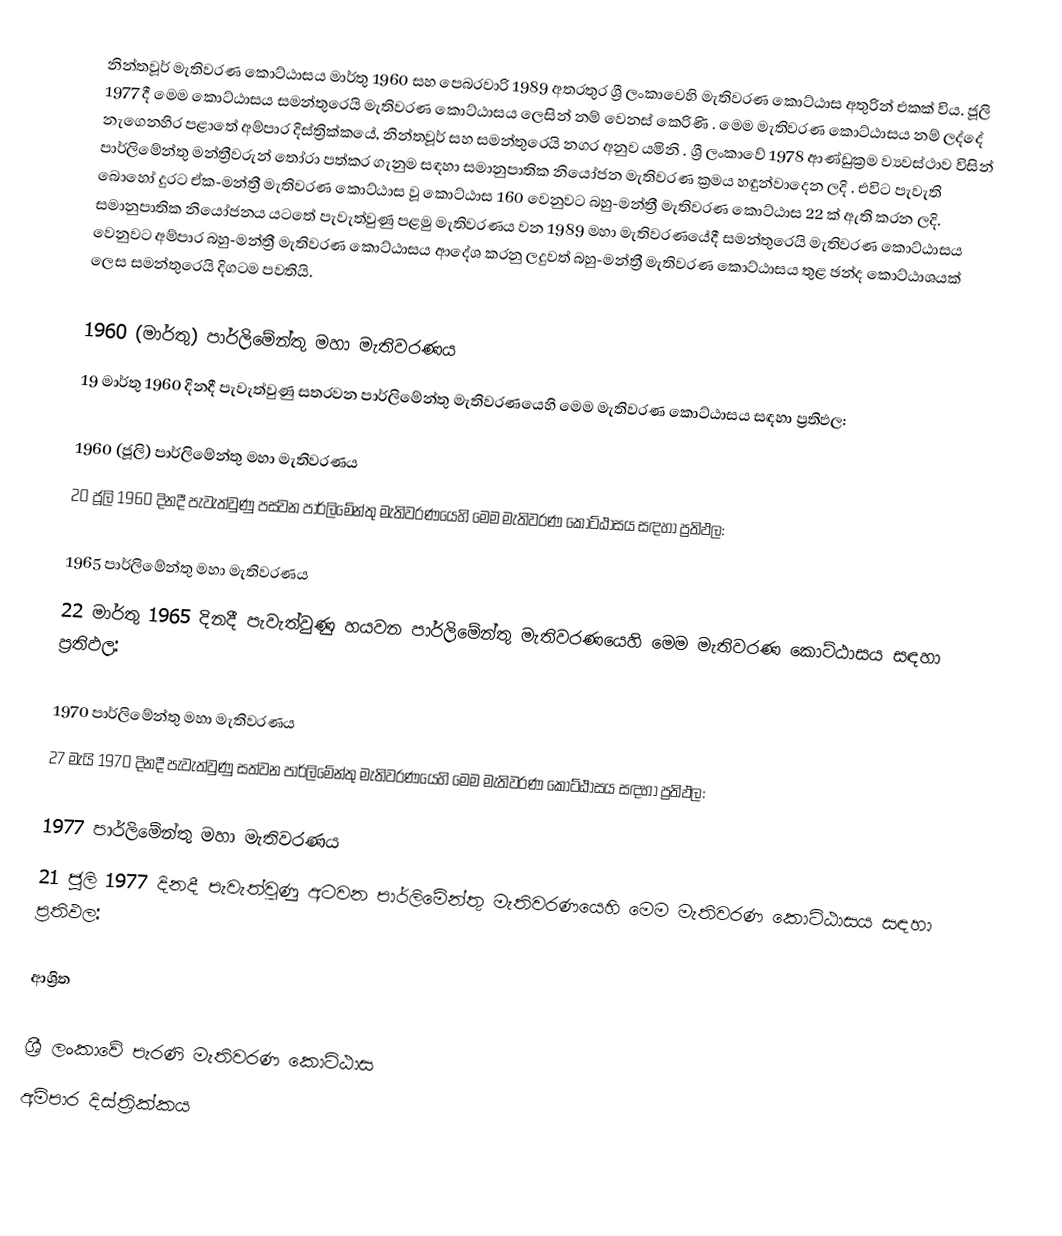
නින්තවූර් මැතිවරණ කොට්ඨාසය  මාර්තු 1960 සහ පෙබරවාරි 1989 අතරතුර  ශ්‍රී ලංකාවෙහි  මැතිවරණ කොට්ඨාස අතුරින් එකක් විය. ජූලි 1977 දී මෙම කොට්ඨාසය සමන්තුරෙයි මැතිවරණ කොට්ඨාසය ලෙසින් නම් වෙනස් කෙරිණි  . මෙම මැතිවරණ කොට්ඨාසය නම් ලද්දේ  නැගෙනහිර පළාතේ  අම්පාර දිස්ත්‍රික්කයේ,  නින්තවූර් සහ සමන්තුරෙයි නගර අනුව යමිනි . ශ්‍රී ලංකාවේ 1978 ආණ්ඩුක්‍රම ව්‍යවස්ථාව විසින්   පාර්ලිමේන්තු මන්ත්‍රීවරුන් තෝරා පත්කර ගැනුම සඳහා සමානුපාතික නියෝජන මැතිවරණ ක්‍රමය හඳුන්වාදෙන ලදි . එවිට පැවැති බොහෝ දුරට  ඒක-මන්ත්‍රී මැතිවරණ කොට්ඨාස වූ කොට්ඨාස 160 වෙනුවට බහු-මන්ත්‍රී මැතිවරණ කොට්ඨාස 22 ක් ඇති කරන ලදි. සමානුපාතික නියෝජනය යටතේ පැවැත්වුණු පළමු මැතිවරණය වන 1989 මහා මැතිවරණයේදී  සමන්තුරෙයි මැතිවරණ කොට්ඨාසය වෙනුවට  අම්පාර බහු-මන්ත්‍රී මැතිවරණ කොට්ඨාසය  ආදේශ කරනු ලදුවත් බහු-මන්ත්‍රී මැතිවරණ කොට්ඨාසය තුළ ඡන්ද කොට්ඨාශයක් ලෙස සමන්තුරෙයි දිගටම පවතියි.

1960 (මාර්තු) පාර්ලිමේන්තු මහා මැතිවරණය
19 මාර්තු 1960 දිනදී පැවැත්වුණු  සතරවන පාර්ලිමේන්තු මැතිවරණයෙහි මෙම මැතිවරණ කොට්ඨාසය සඳහා ප්‍රතිඵල:

1960 (ජූලි) පාර්ලිමේන්තු මහා මැතිවරණය
20 ජූලි 1960 දිනදී පැවැත්වුණු  පස්වන පාර්ලිමේන්තු මැතිවරණයෙහි මෙම මැතිවරණ කොට්ඨාසය සඳහා ප්‍රතිඵල:

1965 පාර්ලිමේන්තු මහා මැතිවරණය
22 මාර්තු 1965  දිනදී පැවැත්වුණු  හයවන පාර්ලිමේන්තු මැතිවරණයෙහි මෙම මැතිවරණ කොට්ඨාසය සඳහා ප්‍රතිඵල:

1970 පාර්ලිමේන්තු මහා මැතිවරණය
27 මැයි 1970 දිනදී පැවැත්වුණු  සත්වන පාර්ලිමේන්තු මැතිවරණයෙහි මෙම මැතිවරණ කොට්ඨාසය සඳහා ප්‍රතිඵල:

1977 පාර්ලිමේන්තු මහා මැතිවරණය
21 ජූලි 1977 දිනදී පැවැත්වුණු  අටවන පාර්ලිමේන්තු මැතිවරණයෙහි මෙම මැතිවරණ කොට්ඨාසය සඳහා ප්‍රතිඵල:

ආශ්‍රිත

ශ්‍රී ලංකාවේ පැරණි මැතිවරණ කොට්ඨාස
අම්පාර දිස්ත්‍රික්කය